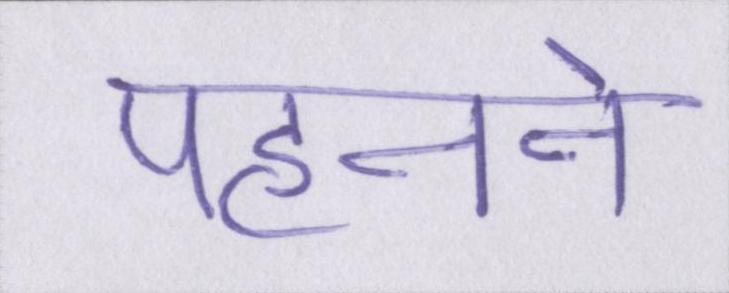
पहनने